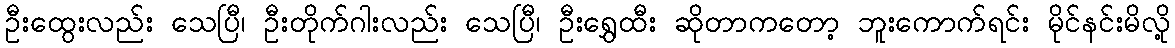
ဦးထွေးလည်း သေပြီ၊ ဦးတိုက်ဂါးလည်း သေပြီ၊ ဦးရွှေထီး ဆိုတာကတော့ ဘူးကောက်ရင်း မိုင်နင်းမိလို့